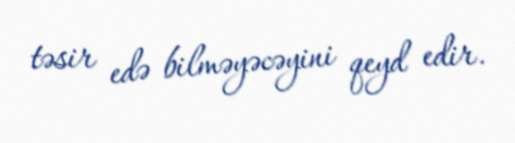
təsir edə bilməyəcəyini qeyd edir.